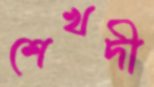
শেখদী